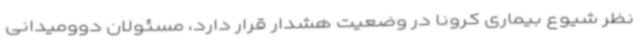
نظر شیوع بیماری کرونا در وضعیت هشدار قرار دارد، مسئولان دوومیدانی